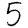
Digit: 5